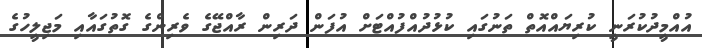
އުއްމީދުކުރަނީ ކުރިޔައްއޮތް ތަނުގައި ކުޅުދުއްފުއްޓަށް އުފަން ދަރިން ރާއްޖޭގެ ވެރިންގެ ގޮތުގައާއި މަޖިލީހުގެ